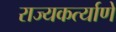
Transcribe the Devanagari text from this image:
राज्यकर्त्याणे